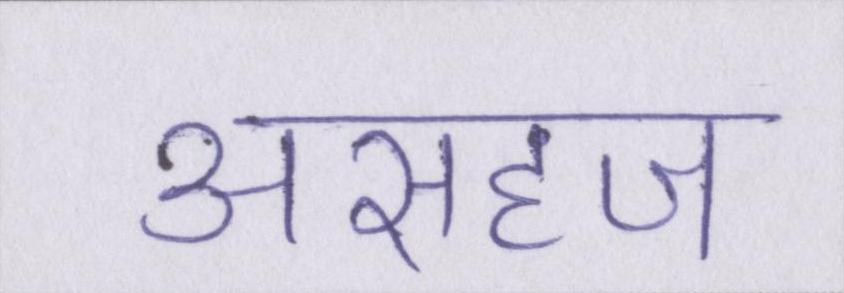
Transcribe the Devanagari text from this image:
असहज